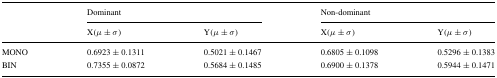
|  | <COLSPAN=2> Dominant | <COLSPAN=2> Non-dominant |
 |  | X (μ ± σ) | Y (μ ± σ) | X (μ ± σ) | Y (μ ± σ) |
 | --- | --- | --- | --- | --- |
 | MONO | 0.6923 ± 0.1311 | 0.5021 ± 0.1467 | 0.6805 ± 0.1098 | 0.5296 ± 0.1383 |
 | BIN | 0.7355 ± 0.0872 | 0.5684 ± 0.1485 | 0.6900 ± 0.1378 | 0.5944 ± 0.1471 |